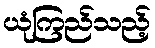
ယုံကြည်သည့်